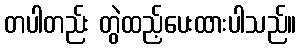
တပါတည်း တွဲထည့်ပေးထားပါသည်။